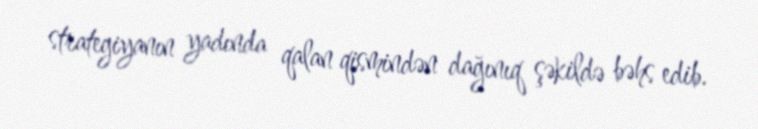
strategiyanın yadında qalan qismindən dağınıq şəkildə bəhs edib.